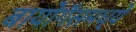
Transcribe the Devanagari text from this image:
बायोगॅसमध्ये